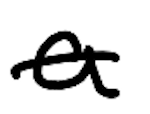
Text: a
Cross-out: single-line
Writing tool: digital_black